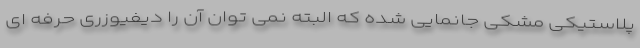
پلاستیکی مشکی جانمایی شده که البته نمی توان آن را دیفیوزری حرفه ای